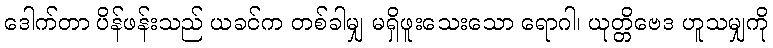
ဒေါက်တာ ပိန်ဖန်းသည် ယခင်က တစ်ခါမျှ မရှိဖူးသေးသော ရောဂါ၊ ယုတ္တိဗေဒ ဟူသမျှကို